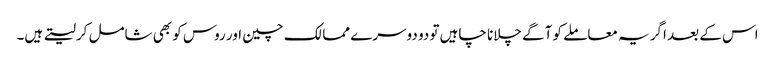
اس کے بعد اگر یہ معاملے کو آگے چلانا چاہیں تو دو دوسرے ممالک چین اور روس کو بھی شامل کرلیتے ہیں۔